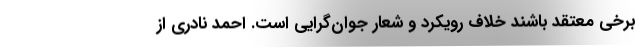
برخی معتقد باشند خلاف رویکرد و شعار جوان‌گرایی است. احمد نادری از